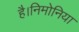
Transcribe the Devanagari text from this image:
है।निमोनिया